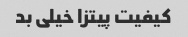
کیفیت پیتزا خیلی بد